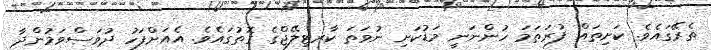
ތެރޭގައެވެ. ކަށިތައް ފުރަތަމަ ހުންނަނީ މަޑުކަށި ނުވަތަ ކާރޓިލޭޖްގެ ގޮތުގައެވެ. އެއަށްފަހު ދުވަސްވަމުންދާ